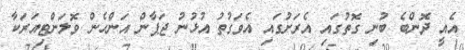
އެއީ ދޮންބެ ބުނި ގޮތުގައި އެރަށުގައި އެވަގުތު އުޅުނު ޖަޕާން އަންހެން ވޮލަންޓިއަރަކާ